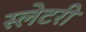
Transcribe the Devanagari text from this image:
स्लेटरी